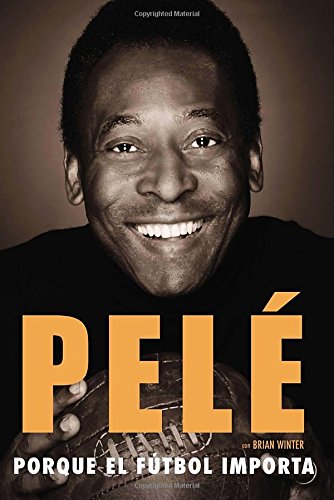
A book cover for Porque el fÃºtbol importa (Spanish Edition); PelÃ©; Travel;